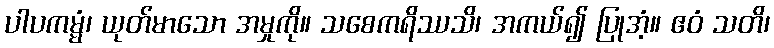
ပါပကမ္မံ၊ ယုတ်မာသော အမှုကို။ သစေကရိဿသိ၊ အကယ်၍ ပြုအံ့။ ဧဝံ သတိ၊